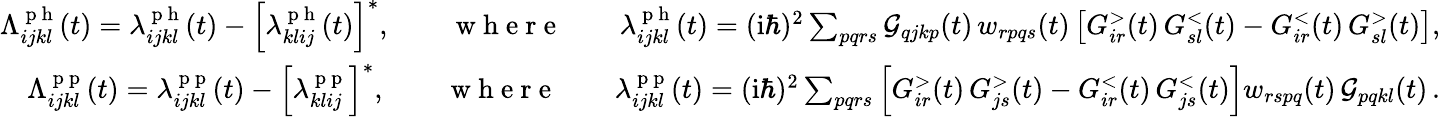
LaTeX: \begin{array}{r}{\Lambda_{ijkl}^{\mathrm{~p~h~}}(t)=\lambda_{ijkl}^{\mathrm{~p~h~}}(t)-\left[\lambda_{klij}^{\mathrm{~p~h~}}(t)\right]^{*},\qquad\mathrm{~w~h~e~r~e~}\qquad\lambda_{ijkl}^{\mathrm{~p~h~}}(t)=(\mathrm{i}\hbar)^{2}\sum_{pqrs}\mathcal{G}_{qjkp}(t)\, w_{rpqs}(t)\left[G_{ir}^{>}(t)\, G_{sl}^{<}(t)-G_{ir}^{<}(t)\, G_{sl}^{>}(t)\right],}\\ {\Lambda_{ijkl}^{\mathrm{~p~p~}}(t)=\lambda_{ijkl}^{\mathrm{~p~p~}}(t)-\left[\lambda_{klij}^{\mathrm{~p~p~}}\right]^{*},\qquad\mathrm{~w~h~e~r~e~}\qquad\lambda_{ijkl}^{\mathrm{~p~p~}}(t)=(\mathrm{i}\hbar)^{2}\sum_{pqrs}\left[G_{ir}^{>}(t)\, G_{js}^{>}(t)-G_{ir}^{<}(t)\, G_{js}^{<}(t)\right]w_{rspq}(t)\, \mathcal{G}_{pqkl}(t)\, .}\end{array}